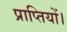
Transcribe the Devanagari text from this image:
प्राप्तियों।